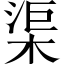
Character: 渠